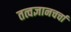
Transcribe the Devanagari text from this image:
तत्वज्ञानचर्चा